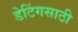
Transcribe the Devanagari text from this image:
डेटिंगसाठी